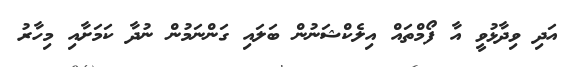
އަދި ވިދާޅުވީ އާ ފޯމްތައް އިލެކްޝަނުން ބަލައި ގަންނަމުން ނުދާ ކަމަށާއި މިހާރު